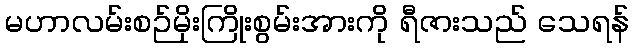
မဟာလမ်းစဉ်မိုးကြိုးစွမ်းအားကို ရီဇားသည် သေရန်